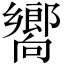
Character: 嚮